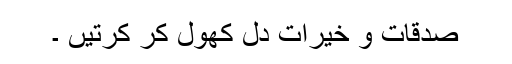
صدقات و خیرات دل کھول کر کرتیں ۔